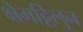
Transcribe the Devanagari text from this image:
क्षेमट्टिलुन